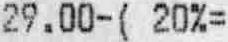
29.00-( 20%=